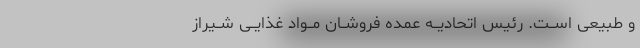
و طبیعى اســت. رئیس اتحادیــه عمده فروشــان مــواد غذایــى شــیراز